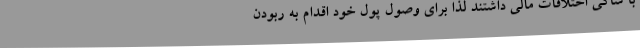
با شاکی اختلافات مالی داشتند لذا برای وصول پول خود اقدام به ربودن